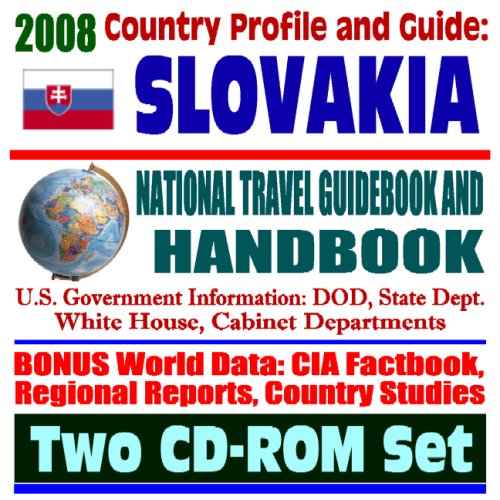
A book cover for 2008 Country Profile and Guide to Slovakia (Slovak Republic) - National Travel Guidebook and Handbook - USAID, European Union, Nuclear Power, NATO (Two CD-ROM Set); U.S. Government; Travel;